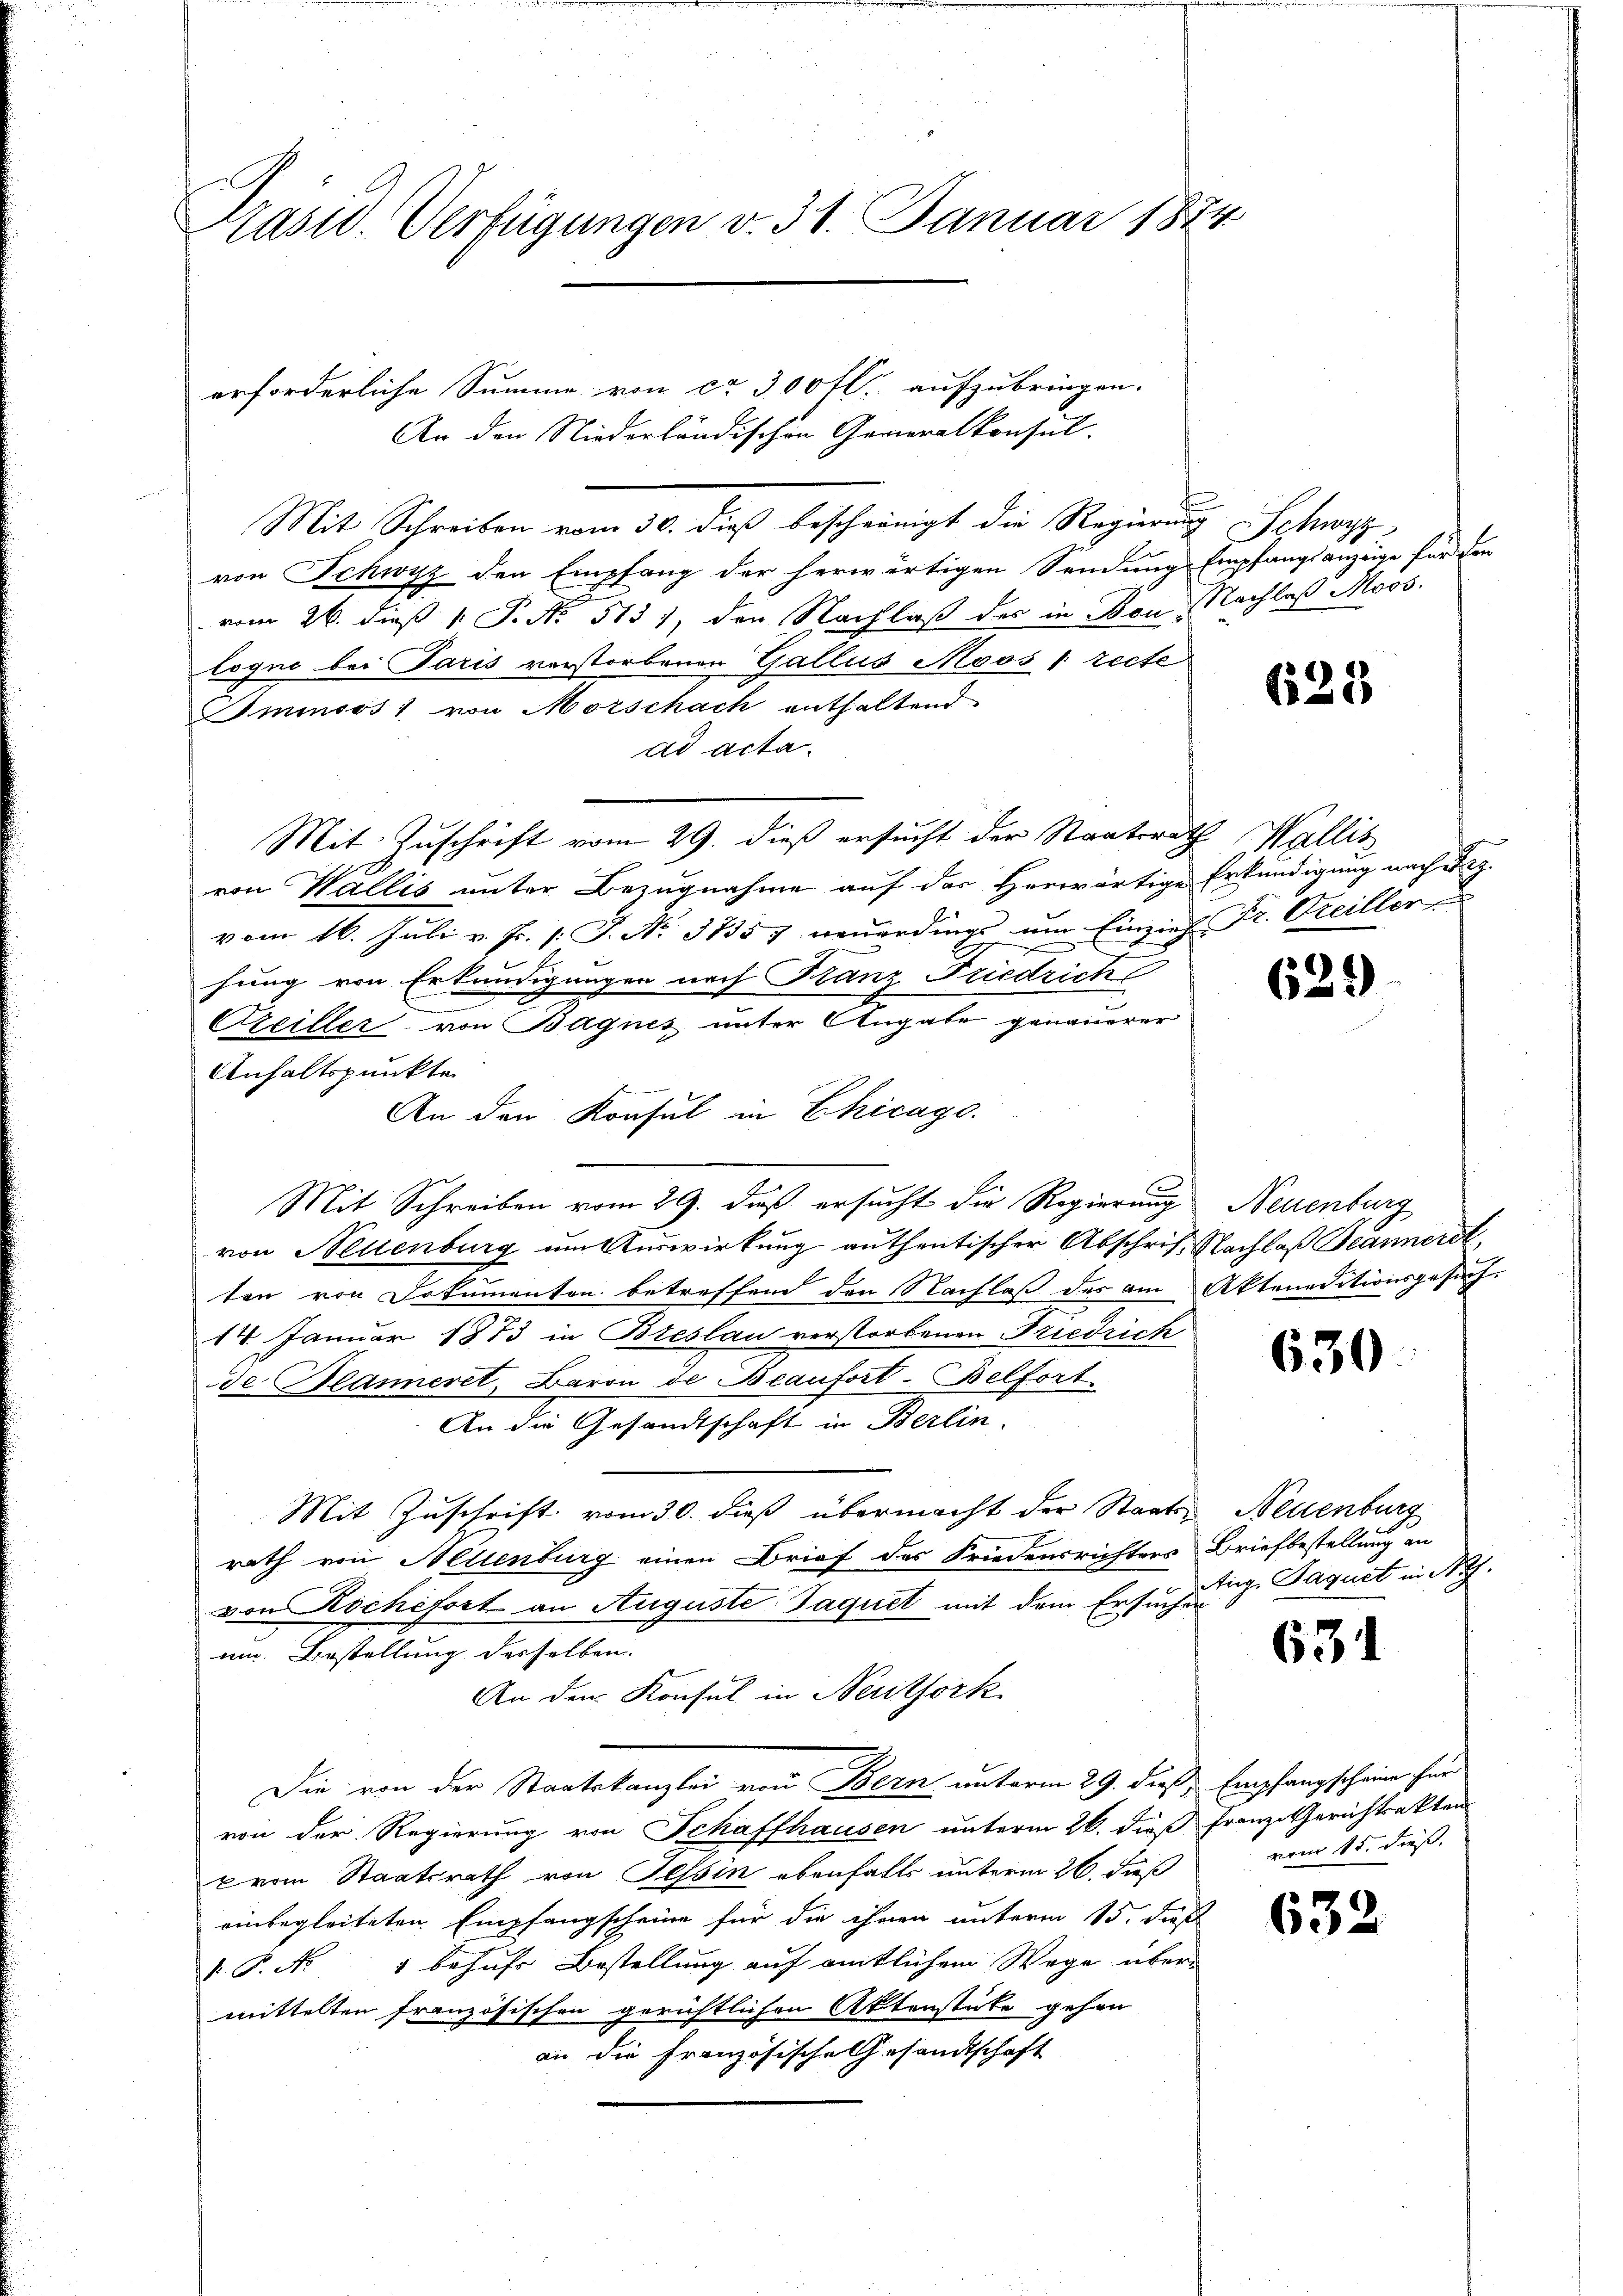
Pasu. Verfügungen v. 31. Januar 1874

erforderliche Summe von ca 300 fl. aufzubringen.
Mit Schreiben vom 30. dieβ bescheinigt die Regierŭng Schwyz
von Schwyz den Empfang der herwärtigen Sendung
vom 26. dieß P. P. No. 513), den Nachlaß der in Bonlogne bei Paris verstorbenen Gallus Moos [recte
Iminoos) von Morschach enthaltend
ad acta.
Mit Zuschrift vom 29. dieß ersucht der Staatsrath Wallis
von Wallis unter Bezugnahme auf der Herwärtige
vom 16. Juli v. Fr. 1. J. No. 37557 neŭerdings um Einzieh- Fr. Kreiller
hung von Erkundigungen nach Franz Friedrich
Creiller von Bagnes unter Angabe genauerer
Anhaltspunkte
An den Konsul in Chicago.
Mit Schreiben vom 29. daß ersucht die Regierung Neuenburg
von Neuenburg um Auswirkung authentischer Abschrift Nachlaß Jeanneret,
ten von Dokumenten betreffend den Nachlaß des am Akteneditionsgesuch,
14. Januar 1873 in Breslau verstorbenen Friedrich
de Glanieret, Baron de Beaufort-Belfort
An die Gesandtschaft in Berlin.
Mit Zuschrift vom 30. dieß übermacht der Staats-
rath von Aellenburg einen Brief des Friedensrichters
von Rochefort an Auguste Jaquet mit dem Ersuchung Paquet in No.
um Bestellung desselben.
An den Konsul in Nerithörk
Die von der Staatskanzlei von Bern unterm 29. dieß, Empfangscheine her
von der Regierung von Schaffhausen unterm 26. dieß Franz Gerichtsakten
vom Staatsrath von Tessin ebenfalls unterm 26. Fuß vom 15. dieß
einbegleiteten Empfangscheine für die ihren unterm 15. dies
.P. Nr. 1 behufs Bestellung auf amtlichem Wege übermittelten französischen gerichtlichen Aktenstücke gehen
an die Französische Gesandtschaft

An den Niederländischen Generalkonsul

Empfangsanzeige für den
Nachlaß Moos.

625

Erkundigung nach dez.

629

630

Neuenburg
Briefbestellung an

631

632